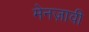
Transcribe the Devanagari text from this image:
मेनज़ावी